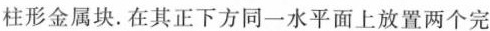
柱形金属块。在其正下方同一水平面上放置两个完